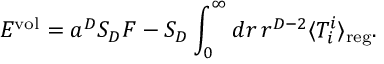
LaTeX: E ^ { \mathrm { v o l } } = a ^ { D } S _ { D } F - S _ { D } \int _ { 0 } ^ { \infty } d r \, r ^ { D - 2 } \langle T _ { i } ^ { i } \rangle _ { \mathrm { r e g } } .